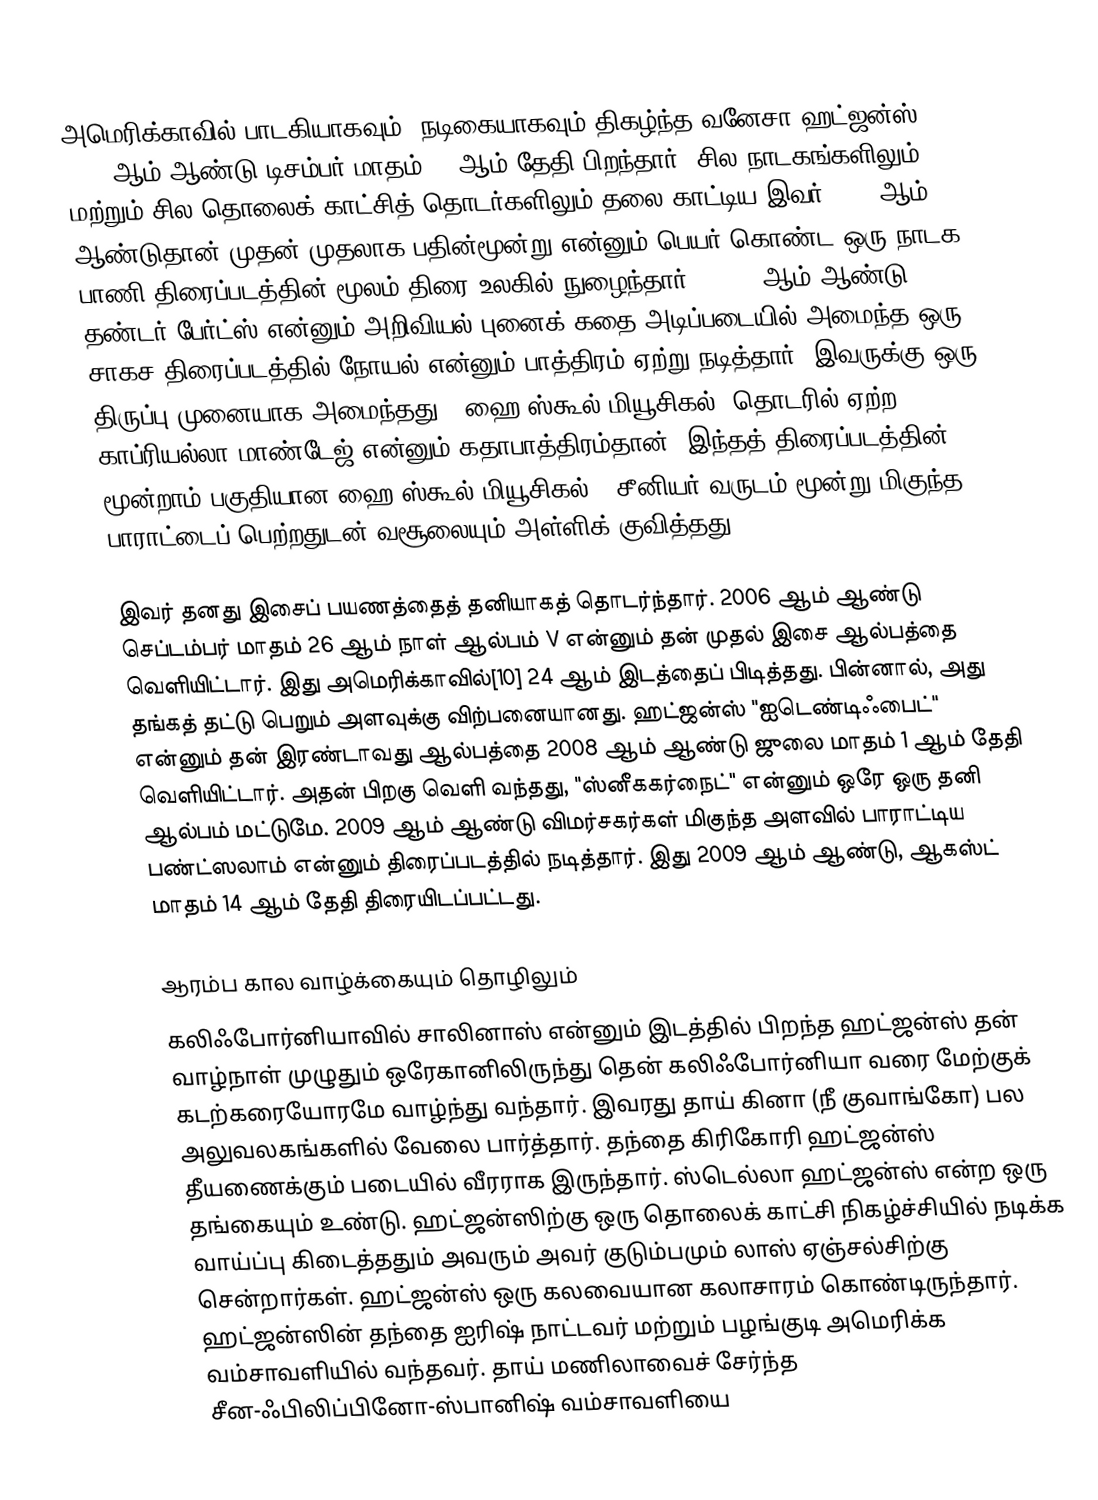
அமெரிக்காவில் பாடகியாகவும், நடிகையாகவும் திகழ்ந்த வனேசா ஹட்ஜன்ஸ்  1988 ஆம் ஆண்டு டிசம்பர் மாதம் 14 ஆம் தேதி பிறந்தார். சில நாடகங்களிலும் மற்றும் சில தொலைக் காட்சித் தொடர்களிலும் தலை காட்டிய இவர் 2003 ஆம் ஆண்டுதான் முதன் முதலாக பதின்மூன்று என்னும் பெயர் கொண்ட ஒரு நாடக பாணி திரைப்படத்தின் மூலம் திரை உலகில் நுழைந்தார் . 2004 ஆம் ஆண்டு தண்டர் பேர்ட்ஸ் என்னும் அறிவியல் புனைக் கதை அடிப்படையில் அமைந்த ஒரு சாகச திரைப்படத்தில் நோயல் என்னும் பாத்திரம் ஏற்று நடித்தார். இவருக்கு ஒரு திருப்பு முனையாக அமைந்தது, "ஹை ஸ்கூல் மியூசிகல்" தொடரில் ஏற்ற காப்ரியல்லா மாண்டேஜ் என்னும் கதாபாத்திரம்தான். இந்தத் திரைப்படத்தின் மூன்றாம் பகுதியான ஹை ஸ்கூல் மியூசிகல் : சீனியர் வருடம் மூன்று மிகுந்த பாராட்டைப் பெற்றதுடன் வசூலையும் அள்ளிக் குவித்தது.[8]

இவர் தனது இசைப் பயணத்தைத் தனியாகத் தொடர்ந்தார். 2006 ஆம் ஆண்டு செப்டம்பர் மாதம் 26 ஆம் நாள் ஆல்பம் V என்னும் தன் முதல் இசை ஆல்பத்தை வெளியிட்டார். இது அமெரிக்காவில்[10] 24 ஆம் இடத்தைப் பிடித்தது. பின்னால், அது தங்கத் தட்டு பெறும் அளவுக்கு விற்பனையானது. ஹட்ஜன்ஸ் "ஐடெண்டிஃபைட்" என்னும் தன் இரண்டாவது ஆல்பத்தை 2008 ஆம் ஆண்டு ஜுலை மாதம் 1 ஆம் தேதி வெளியிட்டார். அதன் பிறகு வெளி வந்தது, "ஸ்னீககர்நைட்" என்னும் ஒரே ஒரு தனி ஆல்பம் மட்டுமே. 2009 ஆம் ஆண்டு விமர்சகர்கள் மிகுந்த அளவில் பாராட்டிய பண்ட்ஸலாம் என்னும் திரைப்படத்தில் நடித்தார். இது 2009 ஆம் ஆண்டு, ஆகஸ்ட் மாதம் 14 ஆம் தேதி திரையிடப்பட்டது.

ஆரம்ப கால வாழ்க்கையும் தொழிலும்
கலிஃபோர்னியாவில் சாலினாஸ் என்னும் இடத்தில் பிறந்த ஹட்ஜன்ஸ் தன் வாழ்நாள் முழுதும் ஒரேகானிலிருந்து தென் கலிஃபோர்னியா வரை மேற்குக் கடற்கரையோரமே வாழ்ந்து வந்தார். இவரது தாய் கினா (நீ குவாங்கோ) பல அலுவலகங்களில் வேலை பார்த்தார். தந்தை கிரிகோரி ஹட்ஜன்ஸ் தீயணைக்கும் படையில் வீரராக இருந்தார். ஸ்டெல்லா ஹட்ஜன்ஸ் என்ற ஒரு தங்கையும் உண்டு. ஹட்ஜன்ஸிற்கு ஒரு தொலைக் காட்சி நிகழ்ச்சியில் நடிக்க வாய்ப்பு கிடைத்ததும் அவரும் அவர் குடும்பமும் லாஸ் ஏஞ்சல்சிற்கு சென்றார்கள். ஹட்ஜன்ஸ் ஒரு கலவையான கலாசாரம் கொண்டிருந்தார். ஹட்ஜன்ஸின் தந்தை ஐரிஷ் நாட்டவர் மற்றும் பழங்குடி அமெரிக்க வம்சாவளியில் வந்தவர். தாய் மணிலாவைச் சேர்ந்த சீன-ஃபிலிப்பினோ-ஸ்பானிஷ் வம்சாவளியை